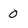
Character: 0